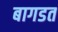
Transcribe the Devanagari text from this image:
बागडत